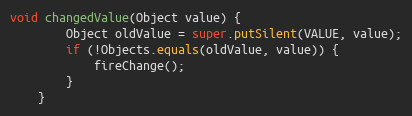
Language: Java
void changedValue(Object value) {
		Object oldValue = super.putSilent(VALUE, value);
		if (!Objects.equals(oldValue, value)) {
			fireChange();
		}
	}